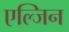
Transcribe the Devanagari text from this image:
एल्जिन